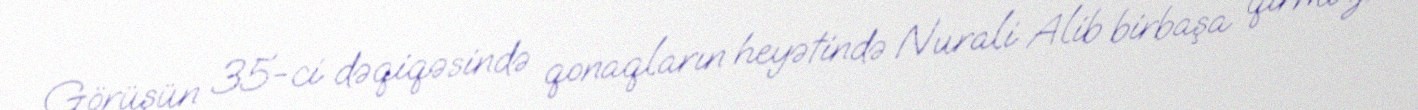
Görüşün 35-ci dəqiqəsində qonaqların heyətində Nurali Alib birbaşa qırmızı